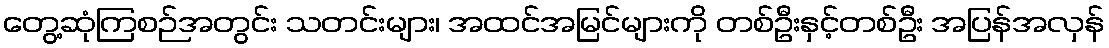
တွေ့ဆုံကြစဉ်အတွင်း သတင်းများ၊ အထင်အမြင်များကို တစ်ဦးနှင့်တစ်ဦး အပြန်အလှန်